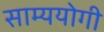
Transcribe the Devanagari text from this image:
साम्ययोगी